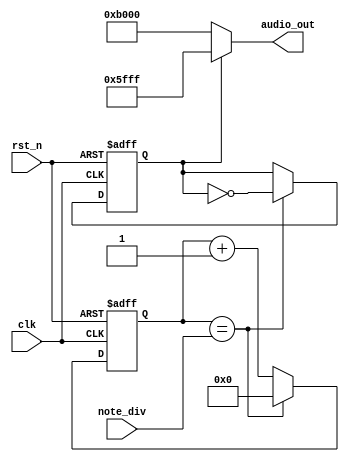
`timescale 1ns / 1ps
//////////////////////////////////////////////////////////////////////////////////
// Company: 
// Engineer: 
// 
// Design Name: 
// Module Name: buzzer_ctl_one
// Project Name: 
// Target Devices: 
// Tool Versions: 
// Description: 
// 
// Dependencies: 
// 
// Revision:
// Revision 0.01 - File Created
// Additional Comments:
// 
//////////////////////////////////////////////////////////////////////////////////


module buzzer_ctl_one(
    output [15:0] audio_out,
    input [21:0] note_div,
    input clk,
    input rst_n
    );
    reg [21:0] clk_cnt, clk_cnt_next;
    reg b_clk, b_clk_next;
    
    assign audio_out = (b_clk == 1'b0) ? 16'hB000:16'h5FFF;
    
    always@*    
    begin
    if(clk_cnt == note_div)
        begin   
        clk_cnt_next = 22'd0;
        b_clk_next = ~b_clk;
        end
    else
        begin
        clk_cnt_next = clk_cnt + 1'b1;
        b_clk_next = b_clk;
        end
    end
    
    always@(posedge clk or negedge rst_n)
    if(~rst_n)
        begin
        clk_cnt <= 22'd0;
        b_clk <= 1'b0;
        end
    else
        begin
        clk_cnt <= clk_cnt_next;
        b_clk <= b_clk_next;
        end

endmodule